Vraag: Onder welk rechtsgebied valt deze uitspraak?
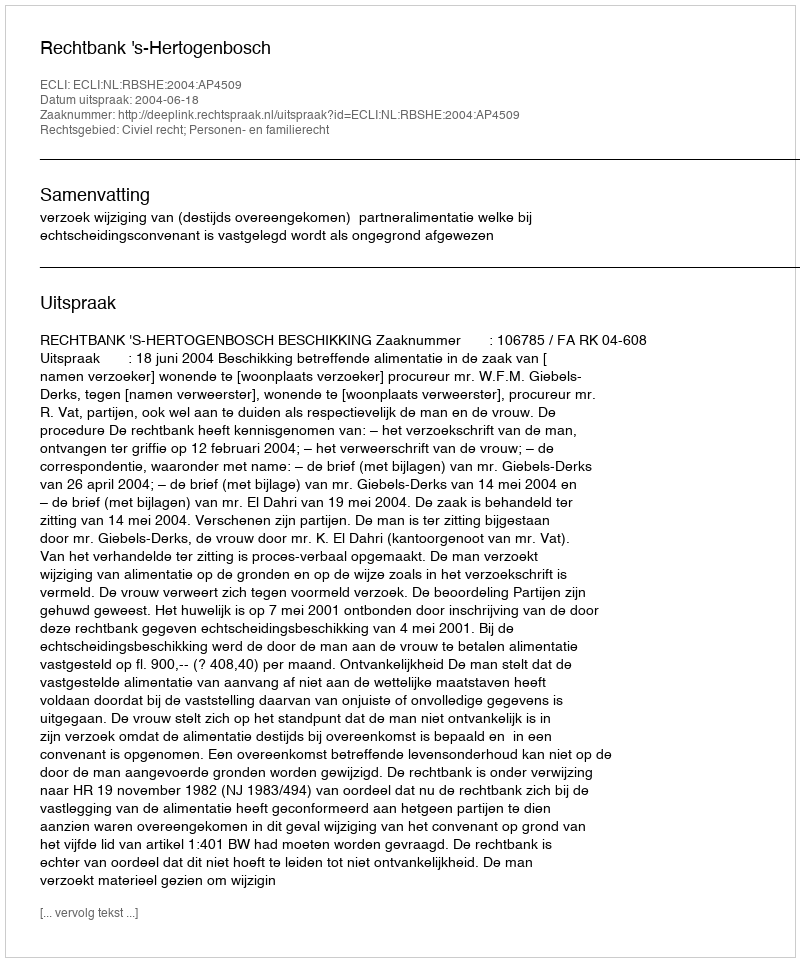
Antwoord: Civiel recht; Personen- en familierecht